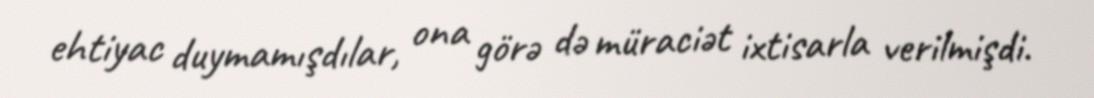
ehtiyac duymamışdılar, ona görə də müraciət ixtisarla verilmişdi.